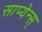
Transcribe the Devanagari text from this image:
साप्येन्स्